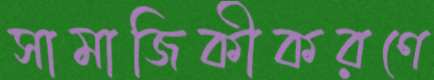
সামাজিকীকরণে